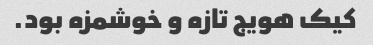
کیک هویج تازه و خوشمزه بود.